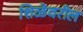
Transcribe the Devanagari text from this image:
शिळेवरील